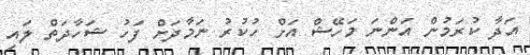
އަދާ ކުރަމުން އަންނަ މަހޭޝް އަށް ހުކުރު ނަމާދަށް ފަހު ޝަހާދަތް ލައި